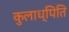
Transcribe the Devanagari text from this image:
कुलाध्पिति